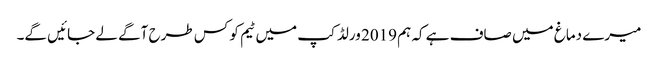
میرے دماغ میں صاف ہے کہ ہم 2019 ورلڈ کپ میں ٹیم کو کس طرح آگے لے جائیں گے۔